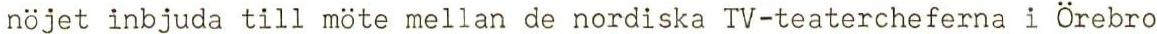
nöjet inbjuda till möte mellan de nordiska TV-teatercheferna i Örebro